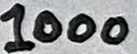
Text: 1000